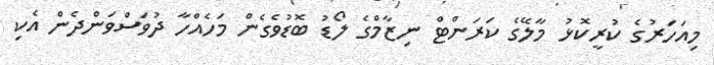
މިއަހަރުގެ ކުރީކޮޅު މާލޭގެ ކަރަންޓް ނިޒާމްގެ ލޯޑު ބޮޑުވެގެން މަހެއްހާ ދުވަސްވަންދެން އެކި